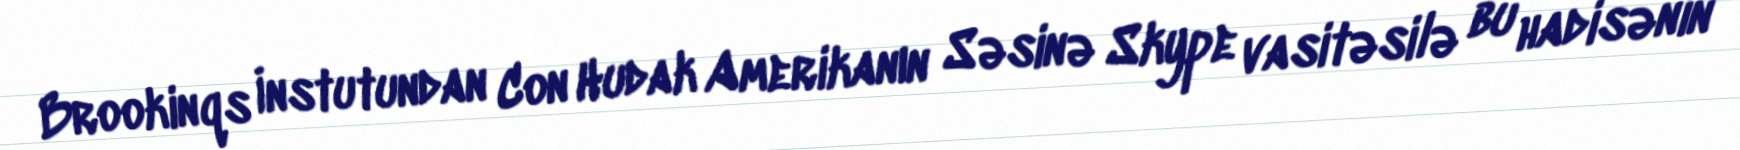
Brookinqs İnstutundan Con Hudak Amerikanın Səsinə Skype vasitəsilə bu hadisənin